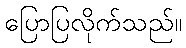
ပြောပြလိုက်သည်။